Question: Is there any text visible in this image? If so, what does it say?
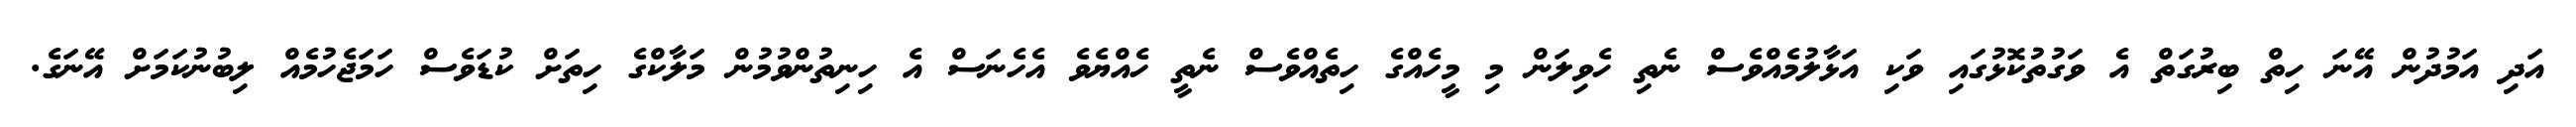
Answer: އަދި އަމުދުން އޭނަ ހިތް ބިރުގަތް އެ ވަގުތުކޮޅުގައި ވަކި އަޅާލުމެއްވެސް ނެތި ހެވިލަން މި މީހެއްގެ ހިތެއްވެސް ނެތީ ހެއްޔެވެ އެހެނަސް އެ ހިނިތުންވުމުން މަލާކްގެ ހިތަށް ކުޑަވެސް ހަމަޖެހުމެއް ލިބުނުކަމަށް އޭނަގެ.